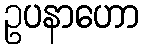
ဥပနာဟော